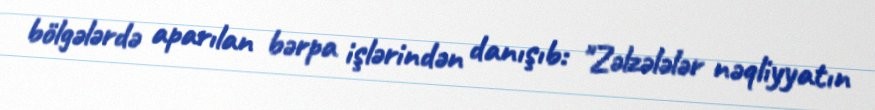
bölgələrdə aparılan bərpa işlərindən danışıb: "Zəlzələlər nəqliyyatın